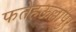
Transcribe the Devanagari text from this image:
फतेहऊल्लापुर